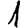
Digit: 1